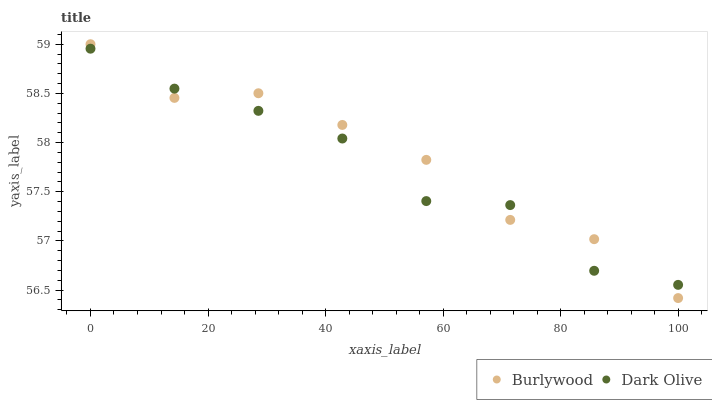
| xaxis_label | Burlywood | Dark Olive |
 | --- | --- | --- |
 | 0 | 59 | 59 |
 | 14.3 | 58.5 | 58.5 |
 | 28.6 | 58.5 | 58.3 |
 | 42.9 | 58.2 | 58 |
 | 57.1 | 57.8 | 57.4 |
 | 71.4 | 57.2 | 57.4 |
 | 85.7 | 57 | 56.7 |
 | 100 | 56.4 | 56.6 |